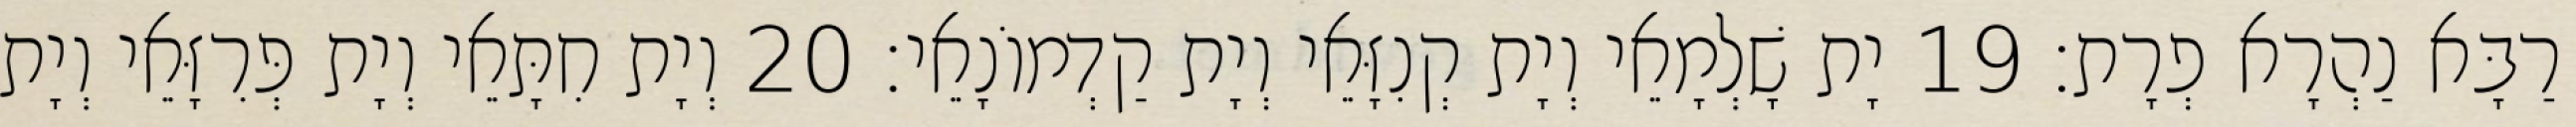
רַבָּא נַהְרָא פְרָת׃ 19 יָת שָׁלְמָאֵי וְיָת קְנִזָּאֵי וְיָת קַדְמוֹנָאֵי׃ 20 וְיָת חִתָּאֵי וְיָת פְּרִזָּאֵי וְיָת